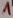
Text: 1